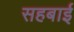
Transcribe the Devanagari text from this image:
सहबाई